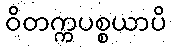
ဝိတက္ကပစ္စယာပိ